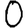
Digit: 0